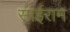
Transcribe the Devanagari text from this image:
साईराम